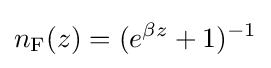
n_{\rm {F}}(z)=(e^{\beta z}+1)^{-1}